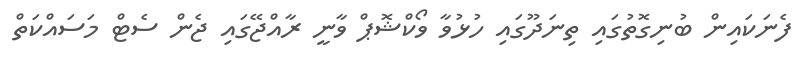
ފެނަކައިން ބުނިގޮތުގައި ތިނަދޫގައި ހުޅުވާ ވޯކްޝޮޕް ވާނީ ރާއްޖޭގައި ޖެން ސެޓް މަސައްކަތް